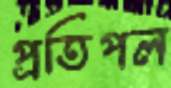
প্রতিপল